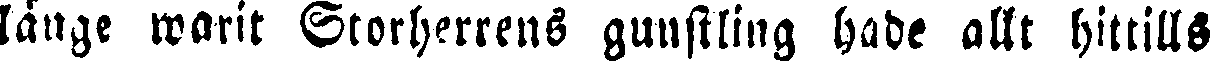
länge warit Storherrens gunstling hade allt hittills